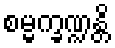
စမ္မက္ခဏ္ဍန္တိ